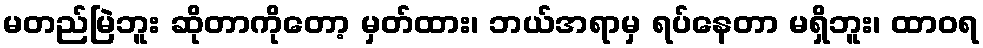
မတည်မြဲဘူး ဆိုတာကိုတော့ မှတ်ထား၊ ဘယ်အရာမှ ရပ်နေတာ မရှိဘူး၊ ထာဝရ